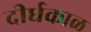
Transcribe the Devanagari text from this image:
दीर्धकाळ